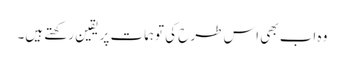
وہ اب بھی اس طرح کی توہمات پر یقین رکھتے ہیں۔